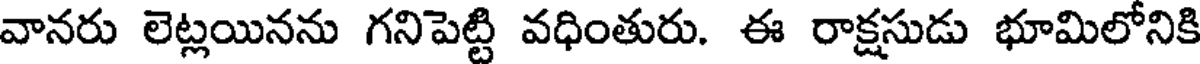
వానరు లెట్లయినను గనిపెట్టి వధింతురు. ఈ రాక్షసుడు భూమిలోనికి